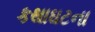
કથાઘટના